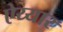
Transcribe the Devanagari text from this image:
ऐय्यार